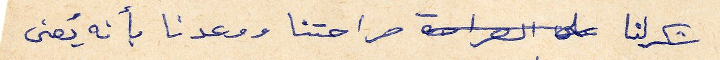
شكر لنا صراحتنا ووعدنا بأنه يُعنى